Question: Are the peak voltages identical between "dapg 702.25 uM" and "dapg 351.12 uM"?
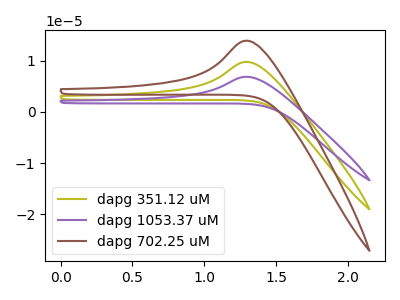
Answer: <think>The olive curve "dapg 351.12 uM" has an anodic peak at: (1.30V, 9.75uA). The purple curve "dapg 1053.37 uM" has an anodic peak at: (1.30V, 19.50uA). The brown curve "dapg 702.25 uM" has an anodic peak at: (1.30V, 13.90uA).</think>
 <answer>Yes, "dapg 702.25 uM" have a peak in "dapg 351.12 uM" at the same potential.</answer>
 <eval>match</eval>